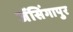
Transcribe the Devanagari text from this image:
जॅसिंगापुर